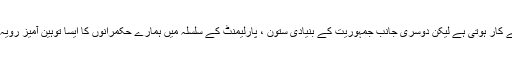
ایک طرف جمہوریت جمہوریت کی جے جے کار ہوتی ہے لیکن دوسری جانب جمہوریت کے بنیادی ستون ، پارلیمنٹ کے سلسلہ میں ہمارے حکمرانوں کا ایسا توہین آمیز رویہ ہے جو آمروں کے دور کی چغلی کھاتا ہے۔